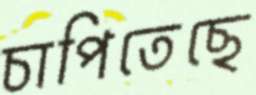
চাপিতেছে